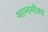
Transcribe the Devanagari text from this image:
शान्तमीड्यं